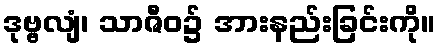
ဒုဗ္ဗလျံ၊ သာဇီဝ၌ အားနည်းခြင်းကို။